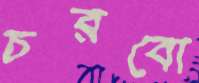
চরবো